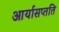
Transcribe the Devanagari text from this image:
आर्यासप्तति